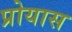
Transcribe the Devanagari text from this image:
प्रोयास